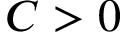
C > 0